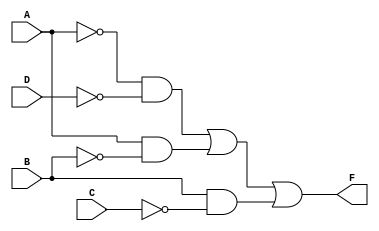
`timescale 1ns / 1ps
//////////////////////////////////////////////////////////////////////////////////
// Company: 
// Engineer: 
// 
// Design Name: 
// Module Name: HW1_comb_dataflow
// Project Name: 
// Target Devices: 
// Tool Versions: 
// Description: 
// 
// Dependencies: 
// 
// Revision:
// Revision 0.01 - File Created
// Additional Comments:
// 
//////////////////////////////////////////////////////////////////////////////////


module HW1_comb_dataflow(A,B,C,D,F);
    input A, B, C, D;
    output F;
    assign F = (~A & ~D) |(A & ~B) | (B & ~C);
endmodule